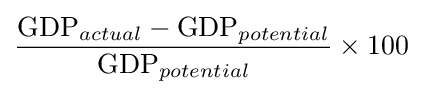
{\frac {{\mbox{GDP}}_{actual}-{\mbox{GDP}}_{potential}}{{\mbox{GDP}}_{potential}}}\times 100